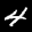
Label: 4